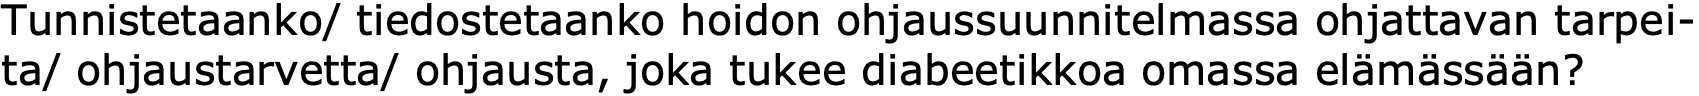
Tunnistetaanko/ tiedostetaanko hoidon ohjaussuunnitelmassa ohjattavan tarpei- ta/ ohjaustarvetta/ ohjausta, joka tukee diabeetikkoa omassa elämässään?